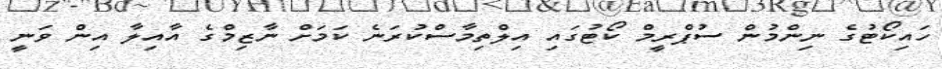
ހައިކޯޓުގެ ނިންމުން ސުޕްރީމް ކޯޓުގައި އިލްތިމާސްކުރަނެ ކަމަށް ނާޒިމްގެ އާއިލާ އިން ވަނީ